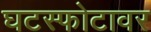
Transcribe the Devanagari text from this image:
घटस्फोटावर